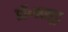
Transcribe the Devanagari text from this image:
डॉ॰मसूद